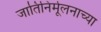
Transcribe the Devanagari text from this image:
जातिनिर्मूलनाच्या